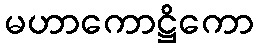
မဟာကောဋ္ဌိကော